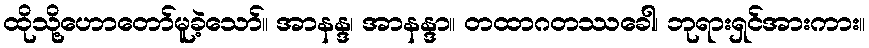
ထိုသို့ဟောတော်မူခဲ့သော်။ အာနန္ဒ၊ အာနန္ဒာ။ တထာဂတဿခေါ၊ ဘုရားရှင်အားကား။